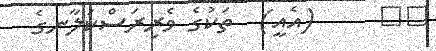
٤٣     (އެއީ)  ތަކުގެ ވެރިރަސްކަލާނގެ